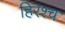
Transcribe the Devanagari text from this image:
हिरश्च